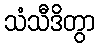
သံသီဒိတွာ